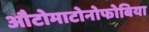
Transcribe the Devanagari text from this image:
औटोमाटोनोफोबिया